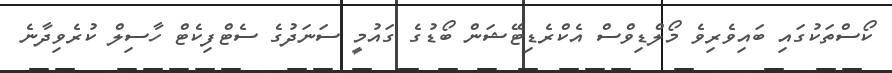
ކޯސްތަކުގައި ބައިވެރިވެ މޯލްޑިވްސް އެކްރެޑިޓޭޝަން ބޯޑުގެ ގައުމީ ސަނަދުގެ ސެޓްފިކެޓް ހާސިލް ކުރެވިދާނެ